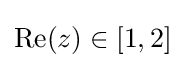
\operatorname {Re} (z)\in [1,2]